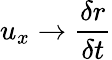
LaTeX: u_{x}\rightarrow\frac{\delta r}{\delta t}